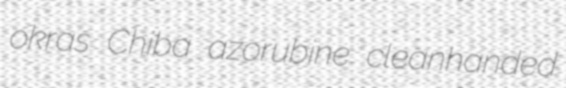
okras Chiba azorubine cleanhanded